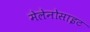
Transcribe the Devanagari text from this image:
मेलेनोसाइट